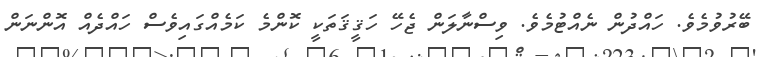
ބޭރުވުމެވެ. ހައްދުން ނެއްޓުމެވެ. ވިސްނާލަން ޖެހޭ ހަޤީޤަތަކީ ކޮންމެ ކަމެއްގައިވެސް ހައްދެއް އޮންނަން